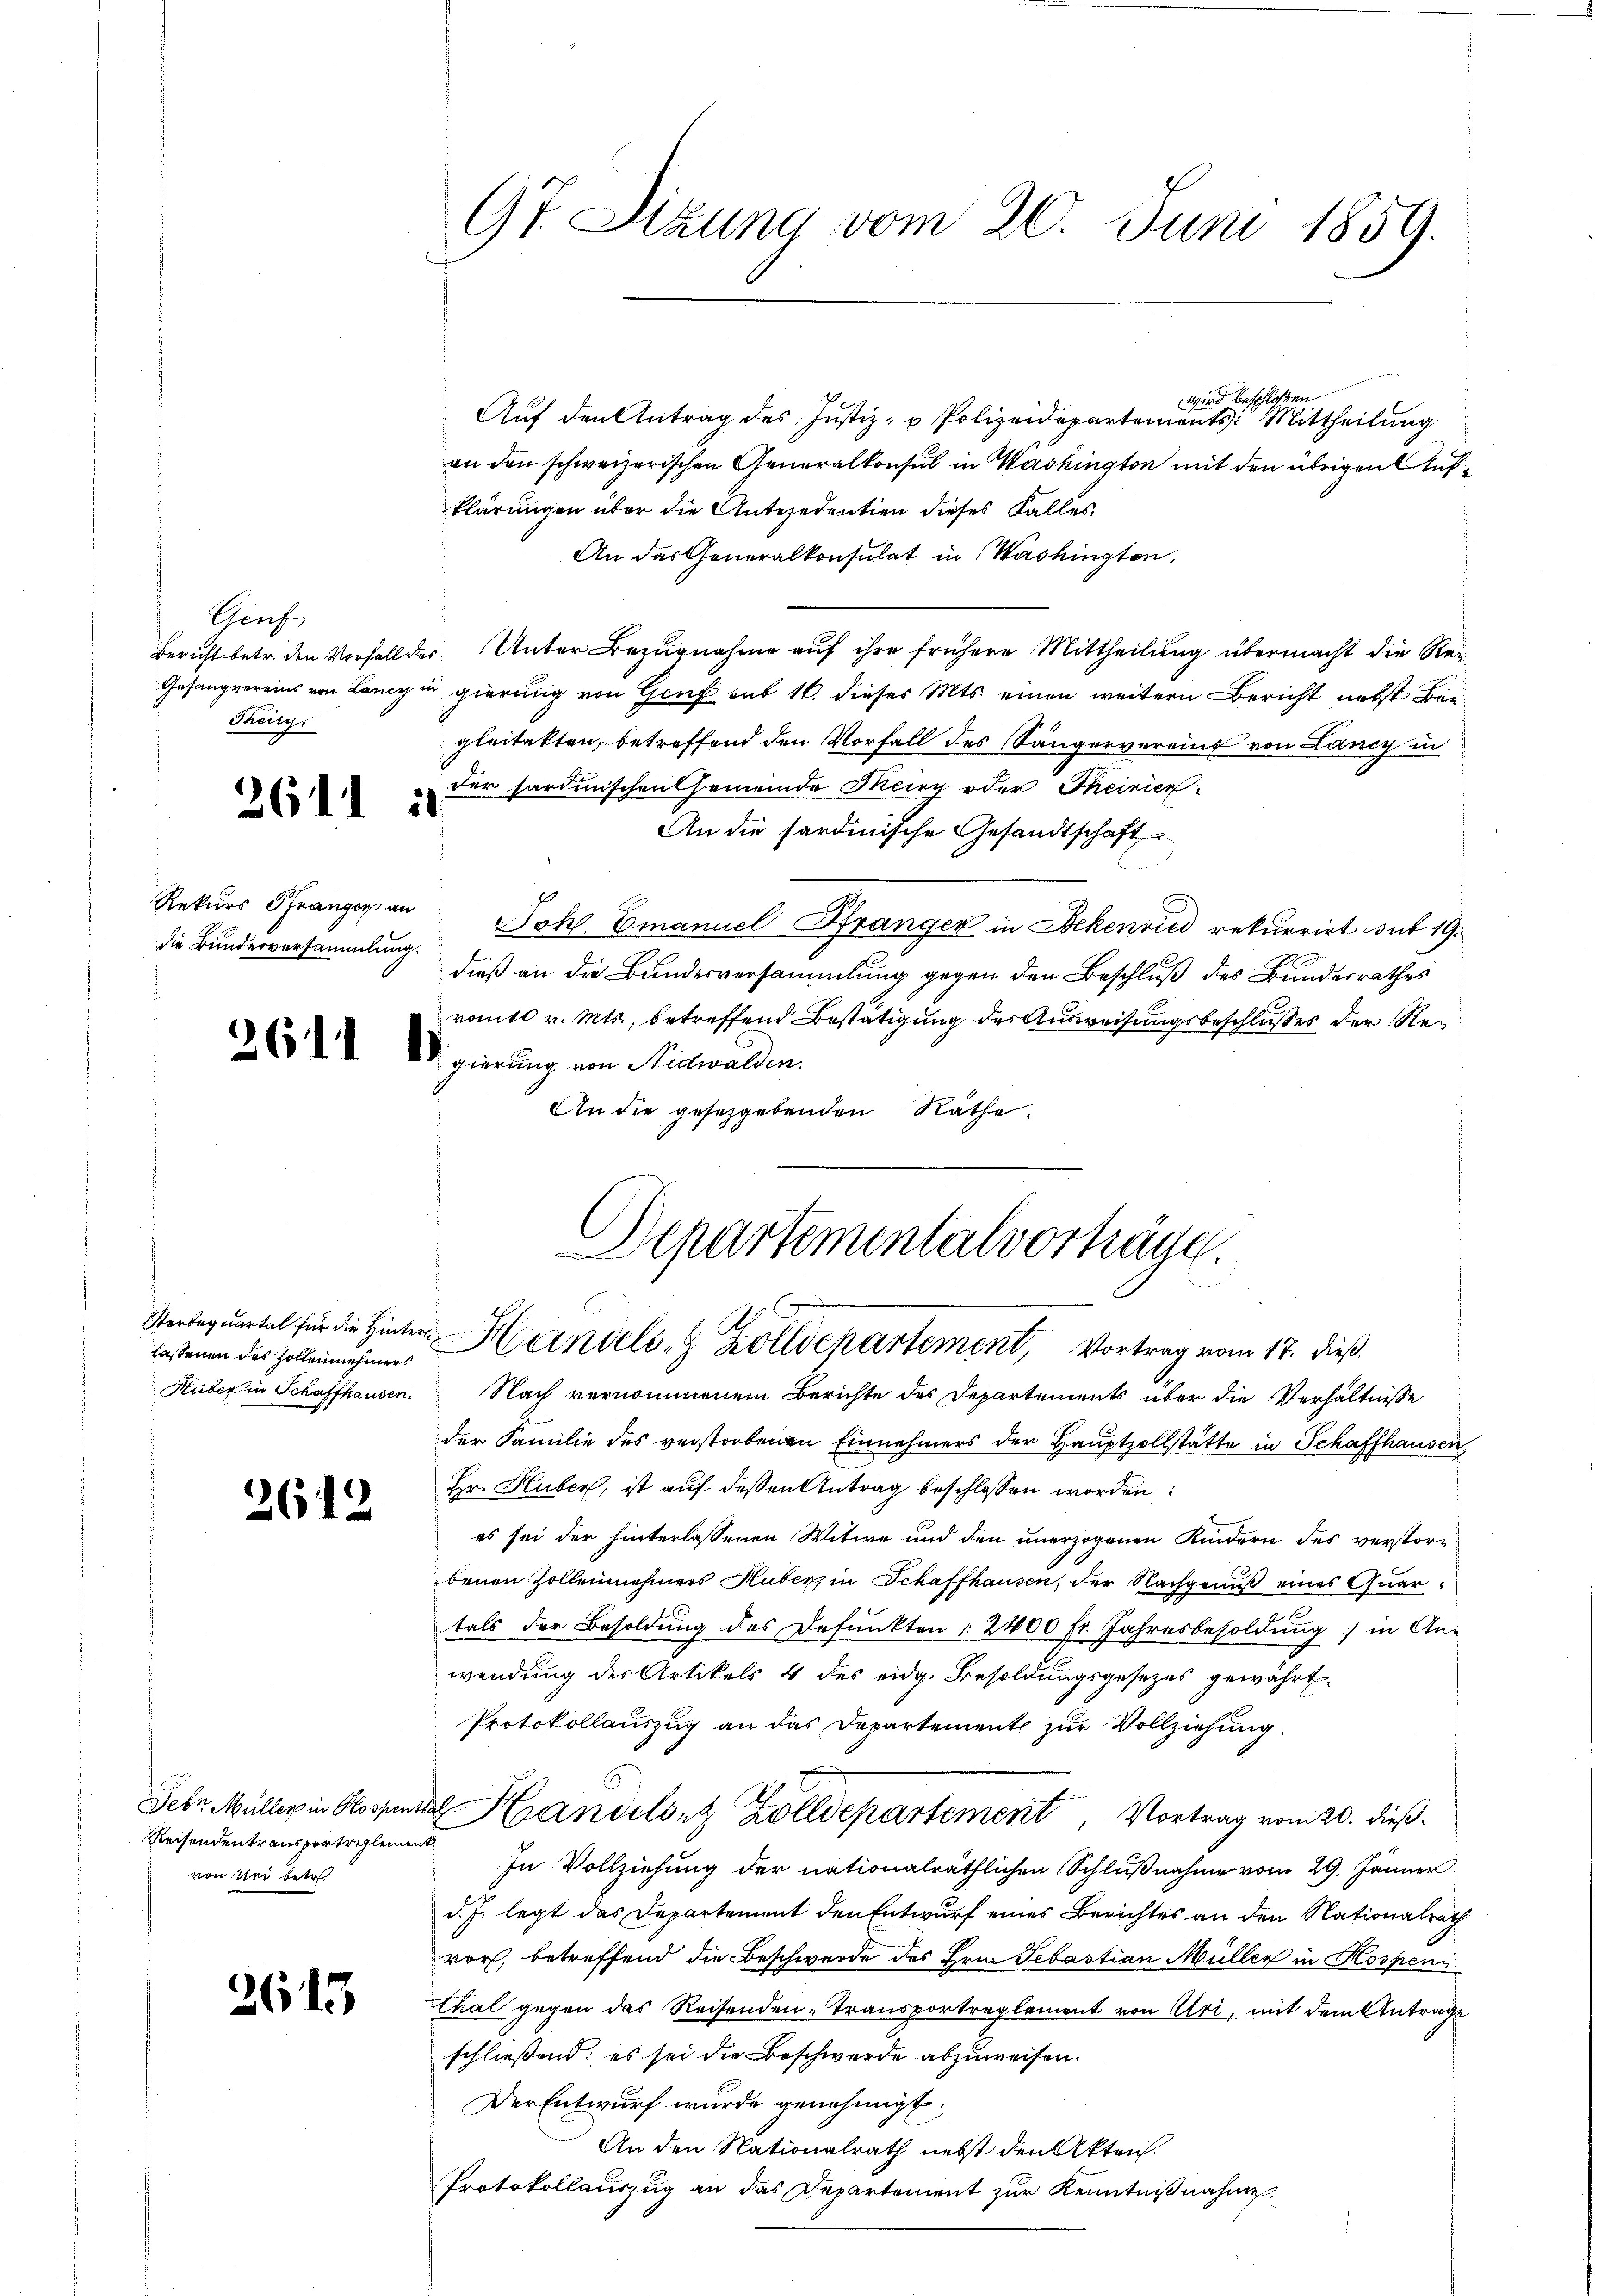
Genf,
Bericht betr. den Vorfall die
Thciry.

2611 i

Rekurs Pranger an
die Bundesversammlung

261

lassenen des Zollennehmers
Huber in Schaffhausen.

6

2615

.

Reisendentransportreglement
von Uri betr.

97. Stzung vom 20. Juni 1859.

wird beschloßen
Aŭf den Antrag des Justiz- u Polizeidepartements: Mittheilung
an den schweizerischen Generalkonsul in Washington mit den übrigen Aufklärungen über die Antecedention dieses Falles
An das Generalkonsulat in Washingten,
des Unter Bezugnahme auf ihre frühere Mittheilung übermacht die Re-
Gesangvereins von Lany in gierung von Genf sub 16. dieses Mts. einen weitern Bericht nebst Begleitakten, betreffend den Vorfall des Sängervereins von Lancy in
der Fardunschen Gemeinde Meiry oder Theirien
An die sardinische Gesandtschaft
Pohl. Emanuel Pranger in Bekenried rekurrirt sub 19.
dieß an die Bundesversammlung gegen den Beschluß des Bundesrathes
romtl. v. Mts., betreffend Bestätigung des Ausweisungsbeschlußes der Regierung von Nidwalden.
An die gesetzgebenden Räthe.
Nach vernommenem Berichte des Departements über die Verhältnisse
der Familie des verstorbenen Einnehmers der Hauptzollstätte in Schaffhausen,
Hr. Huber, ist auf deßen Antrag beschlossen worden:
es sei der hinterlassenen Witwe und den unerzogenen Kindern des verstorbenen Zollennehmers Huber in Schaffhausen, der Nachgenuß eines Quartals der Besoldung des Defunkten § 2400 Fr. Jahresbesoldung in An-
wendung der Artikels 4 des eidg. Besoldungsgesezes gewährt.
Protokollauszug an das Departement zur Vollziehung.
Febr. Müller in Glossental Handelsitz Zolldepartement, Vortrag vom 20. dieß¬
In Vollziehung der nationalräthlichen Schlußnahme vom 29. Jänner
d. J. legt das Departement den Entwurf eines Berichtes an den Nationalrath
vor, betreffend die Beschwerde des Hrn. Sebastian Müller in Kospenn
thal gegen das Reisenden-Transportreglement von Uri, mit dem Anträge
schließend; es sei die Beschwerde abzuweisen.
Der Entwurf wurde genehmigt.
An den Nationalrath nebst den Akten.
Protokollauszug an das Departement zur Kenntnißnahme.

Departementalverträge.
Sterbeqŭartel für die Hinter Handels- & Zolldepartement, Vortrag vom 17. dieß.